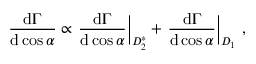
{ \frac { \mathrm { d } \Gamma } { \mathrm { d } \cos \alpha } } \propto \left. { \frac { \mathrm { d } \Gamma } { \mathrm { d } \cos \alpha } } \right| _ { D _ { 2 } ^ { * } } + \left. { \frac { \mathrm { d } \Gamma } { \mathrm { d } \cos \alpha } } \right| _ { D _ { 1 } } \, ,